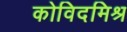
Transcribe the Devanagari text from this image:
कोविदमिश्र